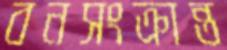
বনসংক্রান্ত